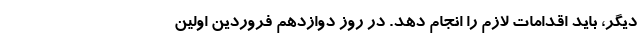
دیگر، باید اقدامات لازم را انجام دهد. در روز دوازدهم فروردین اولین